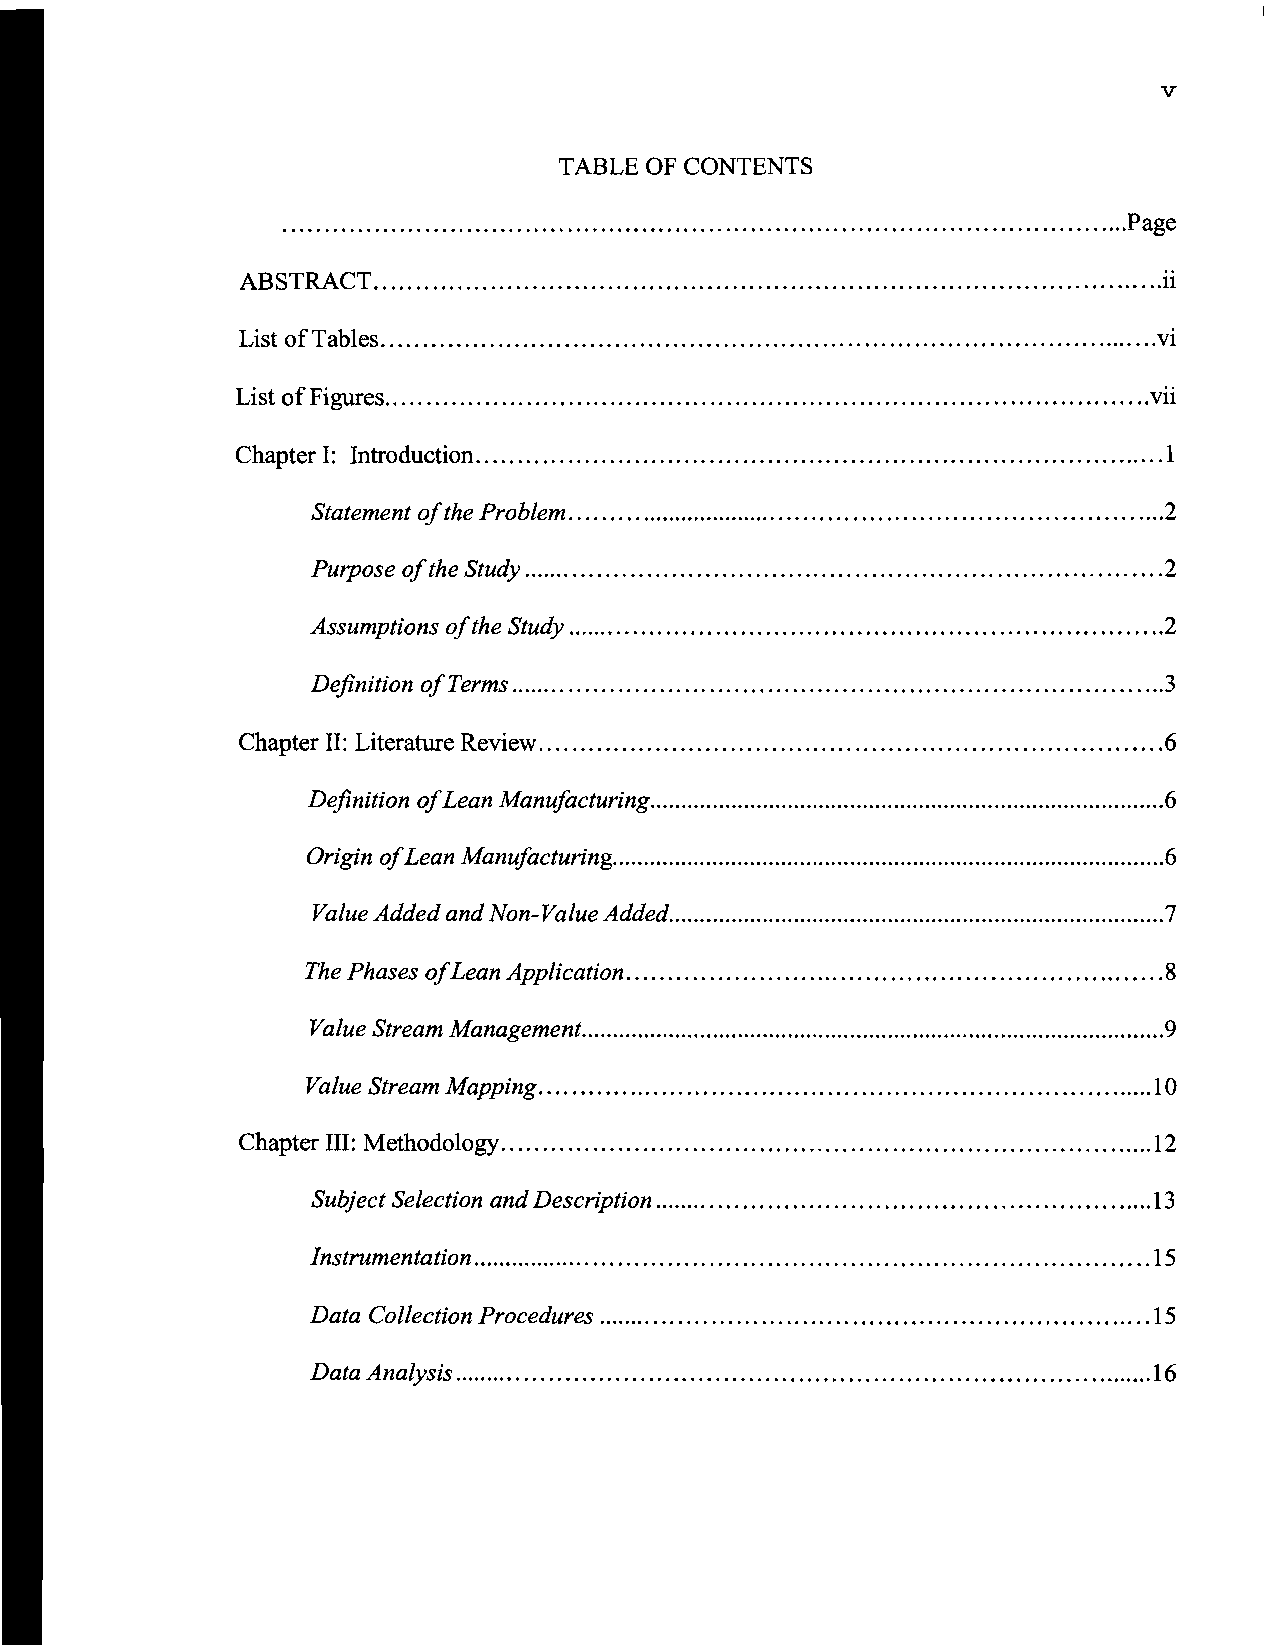
v
 TABLE OF CONTENTS
 ......................................................................................................Page
 ABSTRACT                                                     .ii
 List ofTables                                                vi
 .                                                       ..
 List 0 f FIgures                                            Vll
 Chapter I: Introduction                                      1
 Statement ofthe Problem                                 2
 Purpose ofthe Study                                     2
 Assumptions ofthe Study                                 2
 Definition ofTerms                                      3
 Chapter II: Literature Review                                6
 Definition ofLean Manufacturing                          6
 Origin ofLean Manufacturing                              6
 Value Added and Non-Value Added                         7
 The Phases ofLean Application                            8
 Value Stream Management                                  9
 Value Stream Mapping                                    10
 Chapter III: Methodology                                    12
 Subject Selection and Description                      .13
 Instrumentation                                        15
 Data Collection Procedures                            ,.. 15
 Data Analysis                                          16